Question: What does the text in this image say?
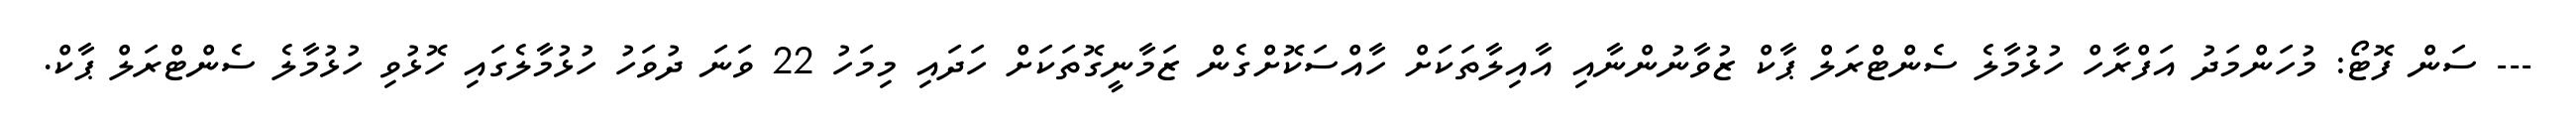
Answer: --- ސަން ފޮޓޯ: މުހަންމަދު އަފްރާހް ހުޅުމާލެ ސެންޓްރަލް ޕާކް ޒުވާނުންނާއި އާއިލާތަކަށް ހާއްސަކޮށްގެން ޒަމާނީގޮތަކަށް ހަދައި މިމަހު 22 ވަނަ ދުވަހު ހުޅުމާލެގައި ހޮޅުވި ހުޅުމާލެ ސެންޓްރަލް ޕާކް.